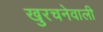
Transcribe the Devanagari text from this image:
खुरचनेवाली